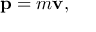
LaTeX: \mathbf { p } = m \mathbf { v } ,